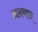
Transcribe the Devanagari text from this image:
आदनात